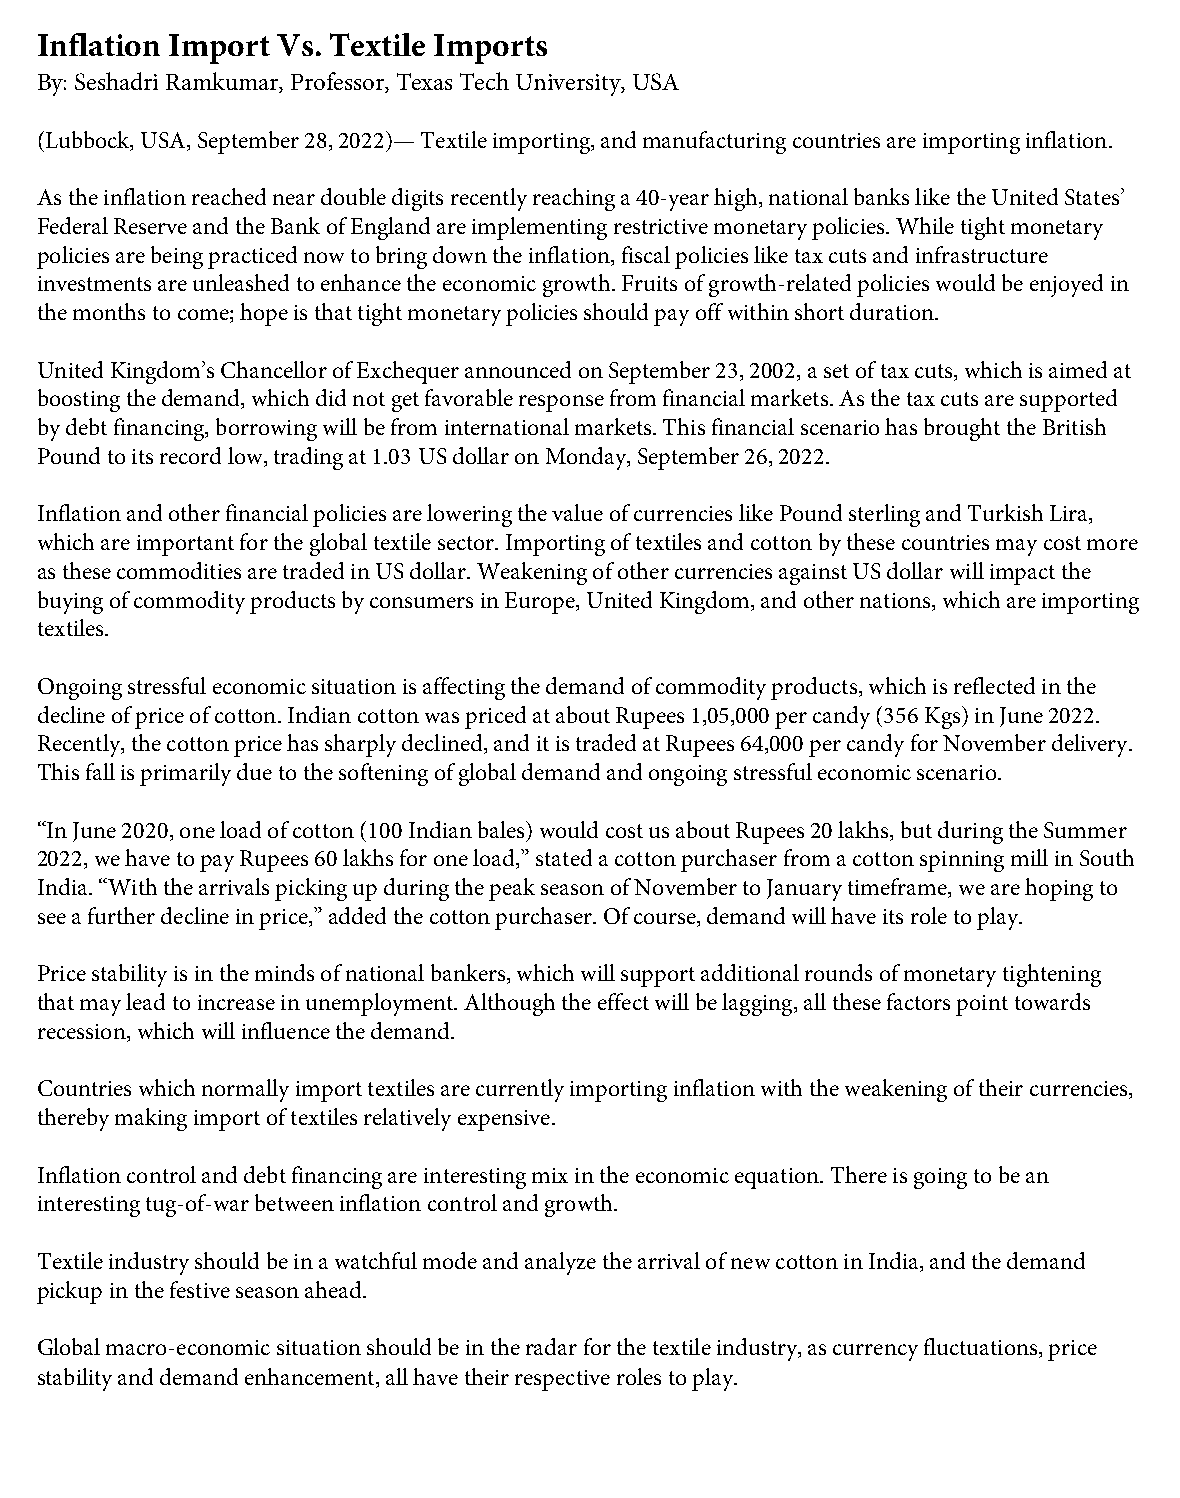
Inflation Import Vs. Textile Imports
 By: Seshadri Ramkumar, Professor, Texas Tech University, USA
 (Lubbock, USA, September 28, 2022)— Textile importing, and manufacturing countries are importing inflation.
 As the inflation reached near double digits recently reaching a 40-year high, national banks like the United States’
 Federal Reserve and the Bank of England are implementing restrictive monetary policies. While tight monetary
 policies are being practiced now to bring down the inflation, fiscal policies like tax cuts and infrastructure
 investments are unleashed to enhance the economic growth. Fruits of growth-related policies would be enjoyed in
 the months to come; hope is that tight monetary policies should pay off within short duration.
 United Kingdom’s Chancellor of Exchequer announced on September 23, 2002, a set of tax cuts, which is aimed at
 boosting the demand, which did not get favorable response from financial markets. As the tax cuts are supported
 by debt financing, borrowing will be from international markets. This financial scenario has brought the British
 Pound to its record low, trading at 1.03 US dollar on Monday, September 26, 2022.
 Inflation and other financial policies are lowering the value of currencies like Pound sterling and Turkish Lira,
 which are important for the global textile sector. Importing of textiles and cotton by these countries may cost more
 as these commodities are traded in US dollar. Weakening of other currencies against US dollar will impact the
 buying of commodity products by consumers in Europe, United Kingdom, and other nations, which are importing
 textiles.
 Ongoing stressful economic situation is affecting the demand of commodity products, which is reflected in the
 decline of price of cotton. Indian cotton was priced at about Rupees 1,05,000 per candy (356 Kgs) in June 2022.
 Recently, the cotton price has sharply declined, and it is traded at Rupees 64,000 per candy for November delivery.
 This fall is primarily due to the softening of global demand and ongoing stressful economic scenario.
 “In June 2020, one load of cotton (100 Indian bales) would cost us about Rupees 20 lakhs, but during the Summer
 2022, we have to pay Rupees 60 lakhs for one load,” stated a cotton purchaser from a cotton spinning mill in South
 India. “With the arrivals picking up during the peak season of November to January timeframe, we are hoping to
 see a further decline in price,” added the cotton purchaser. Of course, demand will have its role to play.
 Price stability is in the minds of national bankers, which will support additional rounds of monetary tightening
 that may lead to increase in unemployment. Although the effect will be lagging, all these factors point towards
 recession, which will influence the demand.
 Countries which normally import textiles are currently importing inflation with the weakening of their currencies,
 thereby making import of textiles relatively expensive.
 Inflation control and debt financing are interesting mix in the economic equation. There is going to be an
 interesting tug-of-war between inflation control and growth.
 Textile industry should be in a watchful mode and analyze the arrival of new cotton in India, and the demand
 pickup in the festive season ahead.
 Global macro-economic situation should be in the radar for the textile industry, as currency fluctuations, price
 stability and demand enhancement, all have their respective roles to play.